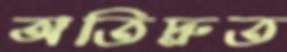
অতিদ্রুত